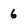
Character: 6